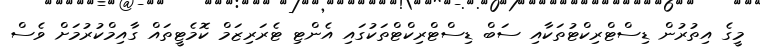
މީގެ އިތުރުން ޑިސްޓްރިކްޓުތަކާއި ސަބް ޑިސްޓްރިކްޓްތަކުގައި އެންޓި ޓެރަރިޒަމް ކޮމެޓީތައް ގާއިމްކުރުމަށް ވެސް